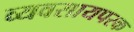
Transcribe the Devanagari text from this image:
व्‍यवसायपरक